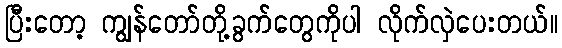
ပြီးတော့ ကျွန်တော်တို့ခွက်တွေကိုပါ လိုက်လှဲပေးတယ်။